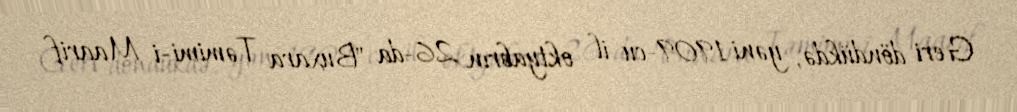
Geri döndükdə, yəni 1909-cu il oktyabrın 26-da "Buxara Təmimi-i Maarif